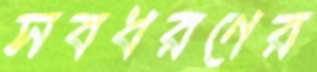
সবধরণের